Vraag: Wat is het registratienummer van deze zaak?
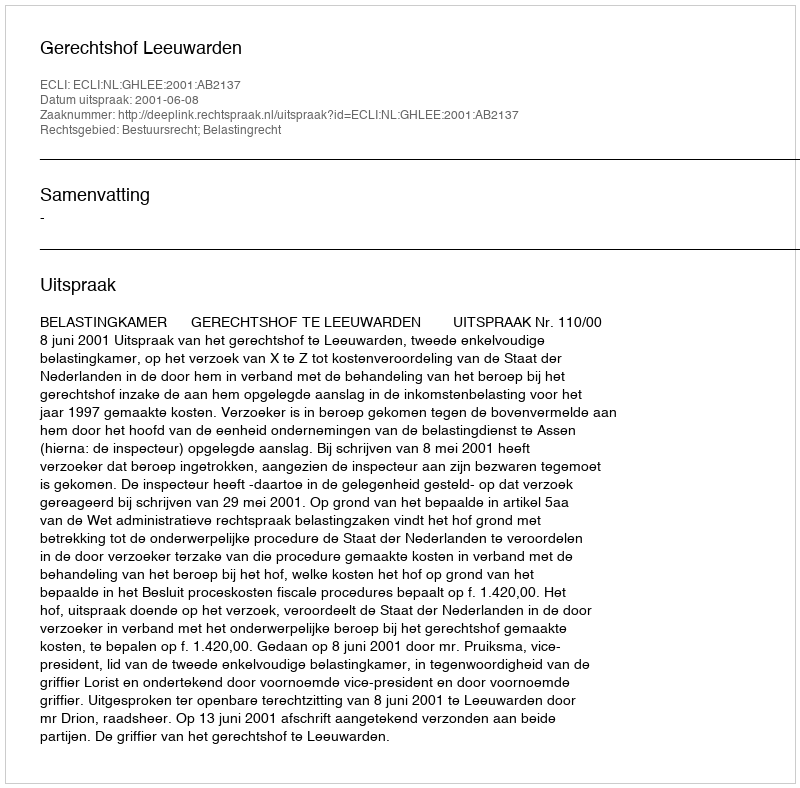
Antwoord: http://deeplink.rechtspraak.nl/uitspraak?id=ECLI:NL:GHLEE:2001:AB2137